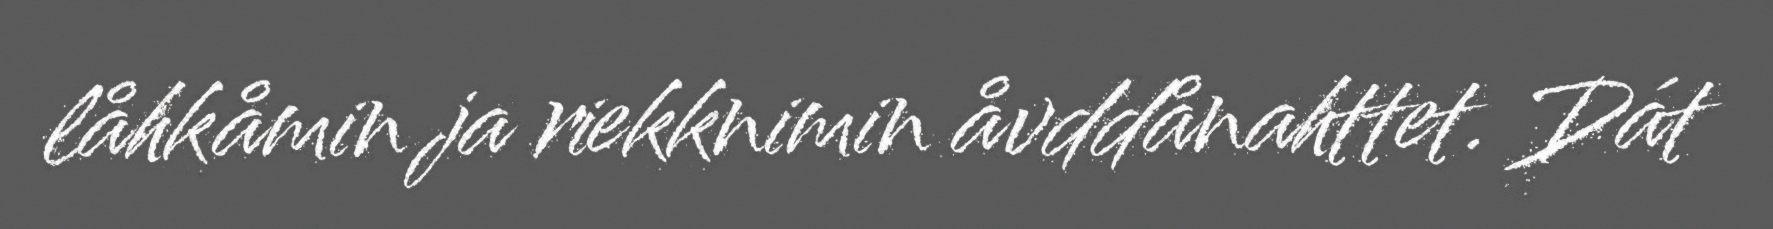
låhkåmin ja riekknimin åvddånahttet. Dát